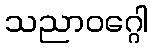
သညာဝဂ္ဂေါ